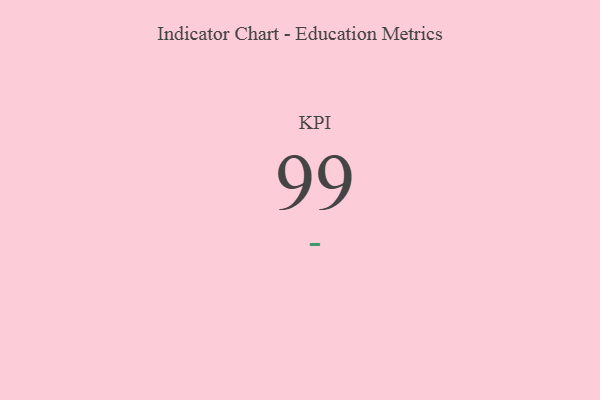
{"axis": {"x": "KPI", "y": "Value"}, "legend": [""], "data": [{"x": "KPI", "y": 99, "type": ""}]}